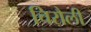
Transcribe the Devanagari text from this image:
चिरौली